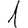
Digit: 1